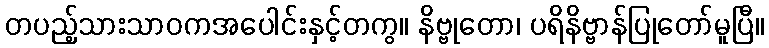
တပည့်သားသာဝကအပေါင်းနှင့်တကွ။ နိဗ္ဗုတော၊ ပရိနိဗ္ဗာန်ပြုတော်မူပြီ။